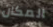
المكان